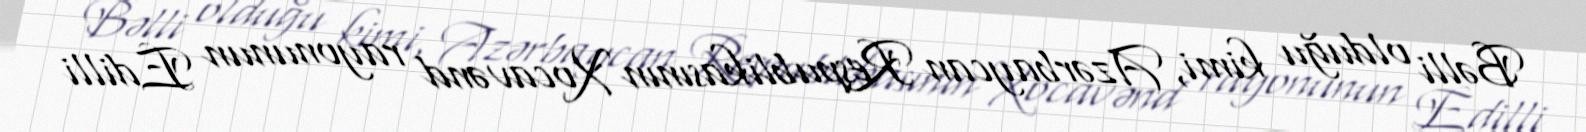
Bəlli olduğu kimi, Azərbaycan Respublikasının Xocavənd rayonunun Edilli